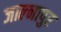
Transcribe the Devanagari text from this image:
जाल्नापुर